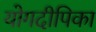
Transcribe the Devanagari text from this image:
योगदीपिका